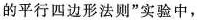
的平行四边形法则”实验中，